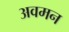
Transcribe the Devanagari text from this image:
अवमन